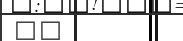
٢١